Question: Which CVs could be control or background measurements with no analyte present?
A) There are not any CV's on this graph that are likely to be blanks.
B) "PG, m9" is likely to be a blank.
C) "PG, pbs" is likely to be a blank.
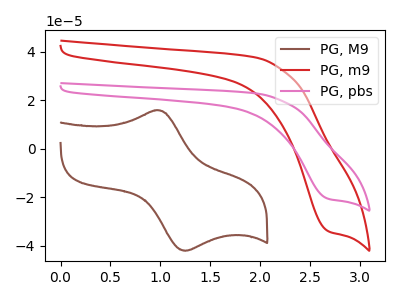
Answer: <think>The brown curve "PG, M9" has an anodic peak at (0.95V, 15.85uA) and a cathodic peak at (1.25V, -42.10uA). The red curve "PG, m9" has a cathodic peak at: (2.70V, -34.00uA). The pink curve "PG, pbs" has a cathodic peak at: (2.70V, -20.65uA).</think>
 <answer>A) There are not any CV's on this graph that are likely to be blanks.</answer>
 <eval>A</eval>